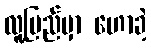
လူ့ပြည်မှာ ဟောခဲ့